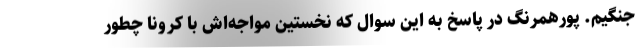
جنگیم. پورهمرنگ در پاسخ به این سوال که نخستین مواجه‌اش با کرونا چطور